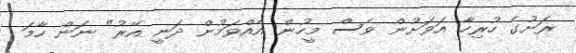
ރަށުގެ ހުރިހާ އަވަށުން ވެސް މީހުން އެއްވަމުން ދަނީ އޭރު" ނަން ހާމަ